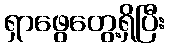
ရှာဖွေတွေ့ရှိပြီး